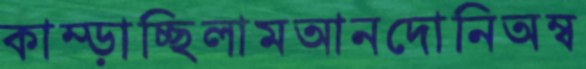
কাম্‌ড়াচ্ছিলামআনদোনিঅম্ব